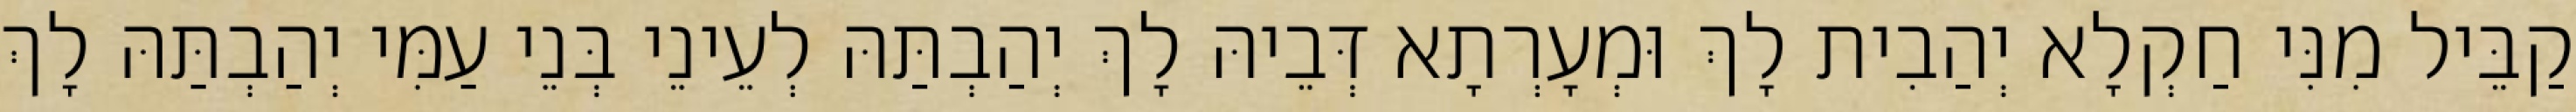
קַבֵּיל מִנִּי חַקְלָא יְהַבִית לָךְ וּמְעָרְתָא דְּבֵיהּ לָךְ יְהַבְתַּהּ לְעֵינֵי בְּנֵי עַמִּי יְהַבְתַּהּ לָךְ